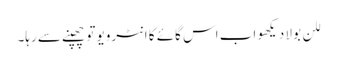
للن بولا دیکھو اب اس گائے کا انٹرویو تو چھپنے سے رہا۔